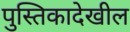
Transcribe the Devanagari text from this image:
पुस्तिकादेखील